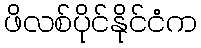
ဖိလစ်ပိုင်နိုင်ငံက